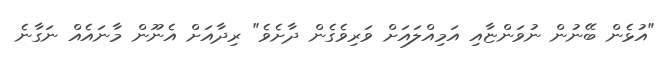
"އުޅެން ބޭނުން ނުވަންޏާއި އަމިއްލައަށް ވަރިވެގެން ދާށެވެ" ރިދާއަށް އެނޫން މާނައެއް ނަގާނެ